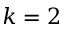
k = 2